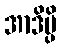
အာဒိမ္ပိ